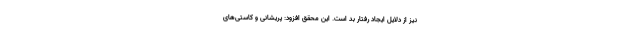
نیز از دلایل ایجاد رفتار بد است. این محقق افزود: پریشانی و کاستی‌های